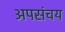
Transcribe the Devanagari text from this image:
अपसंचय